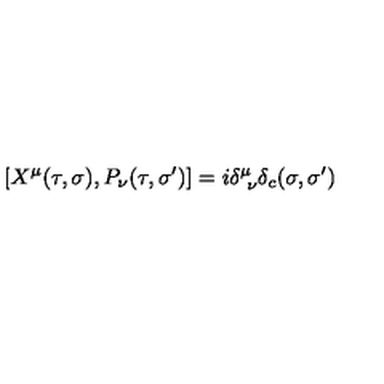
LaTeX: [ X ^ { \mu } ( \tau , \sigma ) , P _ { \nu } ( \tau , \sigma ^ { \prime } ) ] = i \delta _ { \ \nu } ^ { \mu } \delta _ { c } ( \sigma , \sigma ^ { \prime } )